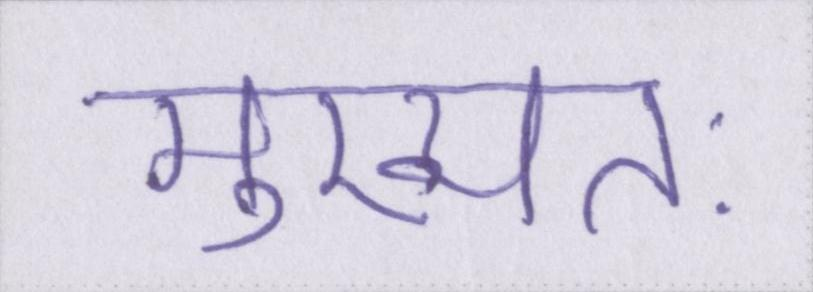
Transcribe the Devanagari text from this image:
मुख्यतः